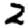
Digit: 2